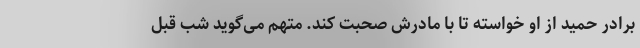
برادر حمید از او خواسته تا با مادرش صحبت کند. متهم می‌گوید شب قبل